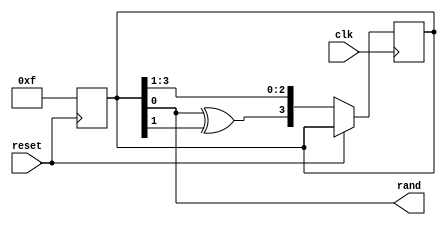
`timescale 1ns / 1ps
//Sequence Generotor random olarak bir say dizisi retmemize yarar
//rnek olarak 4 bit iin 4 F-F gerekli olur son iki F-F girie XOR olarak verilir

module prbs_gen (rand, clk, reset);
  input clk, reset;//girisler
  output rand;//cikisler
  wire rand;
  reg [3:0] temp;//4 bit genislikli degisken
  
  // Resetleme Islemi
  always @ (posedge reset)
  begin
    // temp deikeni sfrlanyor
    temp <= 4'hf; // Deger: 1111 (16 decimal)
  end
  
  // Saat sinyali ile Calisan Blok
  always @ (posedge clk)
  begin
    // Reset gelmediyse
    if (~reset)
    begin
      // PRBS dizisi hesaplanyor ve temp gncelleniyor
      temp <= {temp[0]^temp[1], temp[3], temp[2], temp[1]};//0001-->
    end
  end
  
  // rand k temp deikeninin en dk bitine atanyor
  assign rand = temp[0];
endmodule